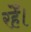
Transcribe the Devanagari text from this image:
रहेँ।